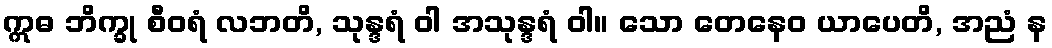
ဣဓ ဘိက္ခု စီဝရံ လဘတိ, သုန္ဒရံ ဝါ အသုန္ဒရံ ဝါ။ သော တေနေဝ ယာပေတိ, အညံ န